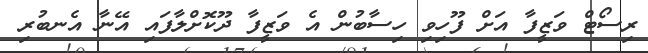
ރިސޯޓް ވަޒީފާ އަށް ފޫހިވި ހިސާބުން އެ ވަޒީފާ ދޫކޮށްލާފައި އޭނާ އެނބުރި